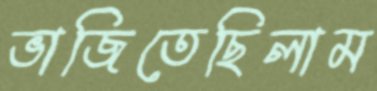
ভাজিতেছিলাম